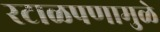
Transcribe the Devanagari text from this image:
रटाळपणामुळे